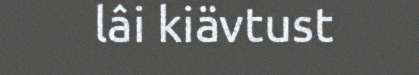
lâi kiävtust